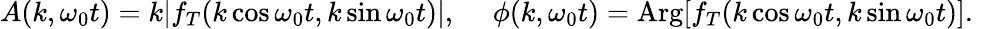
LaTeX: \begin{array}{r}{A(k,\omega_{0}t)=k|f_{T}(k\cos\omega_{0}t,k\sin\omega_{0}t)|,\ \ \ \ \ \phi(k,\omega_{0}t)=\mathrm{Arg}[f_{T}(k\cos\omega_{0}t,k\sin\omega_{0}t)].\ }\end{array}